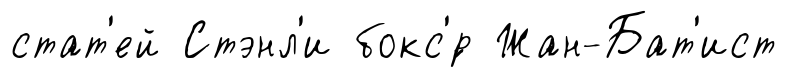
стат'ей Стэнл'и бокс'́р Жан-Бат'ист